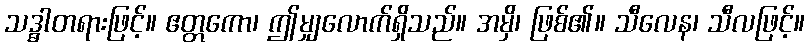
သဒ္ဓါတရားဖြင့်။ ဧတ္တကော၊ ဤမျှလောက်ရှိသည်။ အမှိ၊ ဖြစ်၏။ သီလေန၊ သီလဖြင့်။